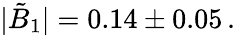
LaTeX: \vert\tilde{B}_{1}\vert=0.14\pm 0.05\, .